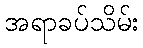
အရာခပ်သိမ်း